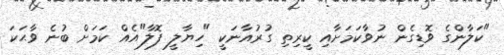
"ކަލާންގެ ވޮޑިގެން ނުވާކަމަށާއި ކީރިތި ގުރުއާނަކީ "ހިޔާލީ ފޮލާ"އެއް ކަމަށް ބުނެ ވާޙަކަ